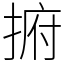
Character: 捬